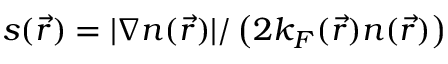
s ( \vec { r } ) = { | \nabla n ( \vec { r } ) | } / \left( 2 k _ { F } ( \vec { r } ) n ( \vec { r } ) \right)